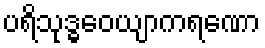
ပရိသုဒ္ဓဝေယျာကရဏော